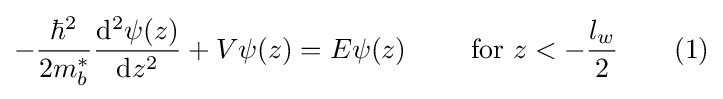
-{\frac {\hbar ^{2}}{2m_{b}^{*}}}{\frac {\mathrm {d} ^{2}\psi (z)}{\mathrm {d} z^{2}}}+V\psi (z)=E\psi (z)\quad \quad {\text{ for }}z<-{\frac {l_{w}}{2}}\quad \quad (1)